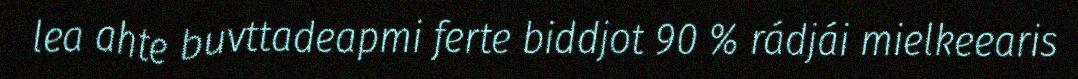
lea ahte buvttadeapmi ferte biddjot 90 % rádjái mielkeearis